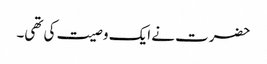
حضرت نے ایک وصیت کی تھی۔